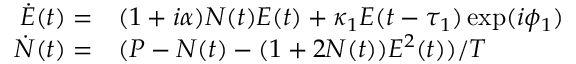
\begin{array} { r l } { \dot { E } ( t ) = } & { { } ( 1 + i \alpha ) N ( t ) E ( t ) + \kappa { } _ { 1 } E ( t - \tau _ { 1 } ) \exp ( i \phi _ { 1 } ) } \\ { \dot { N } ( t ) = } & { { } ( P - N ( t ) - ( 1 + 2 N ( t ) ) E ^ { 2 } ( t ) ) / T } \end{array}